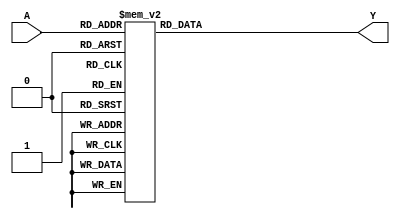
module Decoder_3_to_8(input [2:0] A, output reg [7:0] Y);

 always @ (A)
  begin
    case(A)
      3'b000: Y = 8'b00000001;
      3'b001: Y = 8'b00000010;
      3'b010: Y = 8'b00000100;
      3'b011: Y = 8'b00001000;
      3'b100: Y = 8'b00010000;
      3'b101: Y = 8'b00100000;
      3'b110: Y = 8'b01000000;
      3'b111: Y = 8'b10000000;
      default: Y = 8'b00000000;
    endcase
  end

endmodule